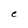
Character: e